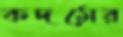
কদমের